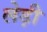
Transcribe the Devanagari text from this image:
लेड़ी